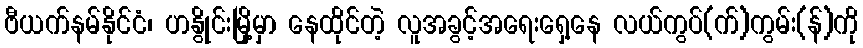
ဗီယက်နမ်နိုင်ငံ၊ ဟနွိုင်းမြို့မှာ နေထိုင်တဲ့ လူအခွင့်အရေးရှေ့နေ လယ်ကွပ်(က်)ကွမ်း(န်)ကို